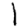
Digit: 1